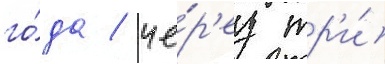
го́да / че́р'ез тр'и́